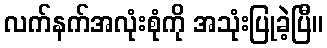
လက်နက်အလုံးစုံကို အသုံးပြုခဲ့ပြီ။